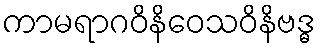
ကာမရာဂဝိနိဝေသဝိနိဗဒ္ဓ